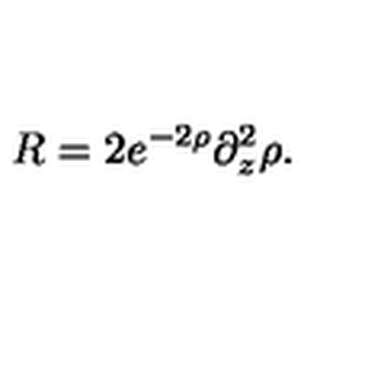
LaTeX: R = 2 e ^ { - 2 \rho } \partial _ { z } ^ { 2 } \rho .